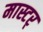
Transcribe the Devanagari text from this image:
मास्टर्